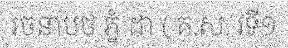
រចនាបថ ភ្នំ ដា ( គ.ស. វទី១